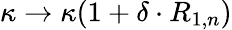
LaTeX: \kappa\rightarrow\kappa(1+\delta\cdot R_{1,n})